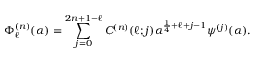
\Phi _ { \ell } ^ { ( n ) } ( \alpha ) = \sum _ { j = 0 } ^ { 2 n + 1 - \ell } C ^ { ( n ) } ( \ell ; j ) \alpha ^ { \frac { 1 } { 4 } + \ell + j - 1 } \psi ^ { ( j ) } ( \alpha ) .